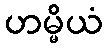
ဟမ္မိယံ